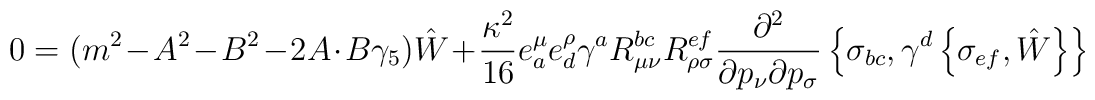
0=(m^2-A^2-B^2-2A\cdot B\gamma_5)\hat{W} +\frac{\kappa^2}{16}	e^\mu_ae^\rho_d\gamma^aR_{\mu\nu}^{bc}R_{\rho\sigma}^{ef}	\frac{\partial^2}{\partial p_\nu\partial p_\sigma}	\left\{\sigma_{bc},\gamma^d\left\{\sigma_{ef},\hat{W}\right\}\right\}